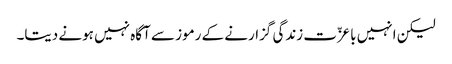
لیکن انہیں باعزّت زندگی گزارنے کے رموز سے آگاہ نہیں ہونے دیتا۔